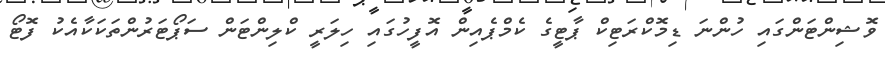
ވޮޝިންޓަންގައި ހުންނަ ޑިމޮކްރަޓިކް ޕާޓީގެ ކެމްޕެއިން އޮފީހުގައި ހިލަރީ ކްލިންޓަން ސަޕޯޓަރުންތަކަކާއެކު ފޮޓޯ